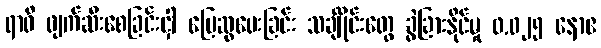
ရာဝီ ဖျက်ဆီးစေခြင်းငှါ မြေဆွပေးခြင်း သင်္ချိုင်းတွေ ခွဲခြားနိုင်မှု ၀.၀၂၅ နောဧ